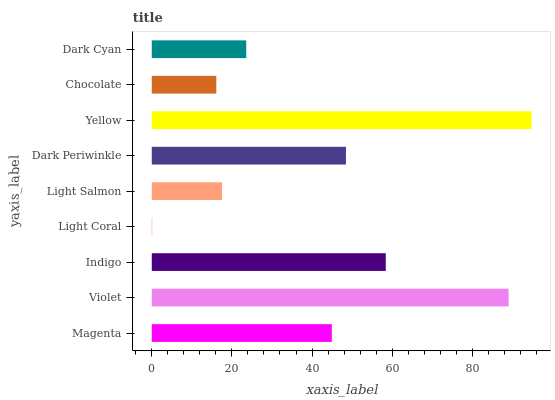
| yaxis_label | bars |
 | --- | --- |
 | Magenta | 44.9 |
 | Violet | 89 |
 | Indigo | 58.4 |
 | Light Coral | 0.103 |
 | Light Salmon | 17.5 |
 | Dark Periwinkle | 48.5 |
 | Yellow | 94.8 |
 | Chocolate | 16.1 |
 | Dark Cyan | 23.6 |